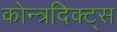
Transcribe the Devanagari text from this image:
कोन्त्रदिक्ट्स